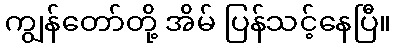
ကျွန်တော်တို့ အိမ် ပြန်သင့်နေပြီ။